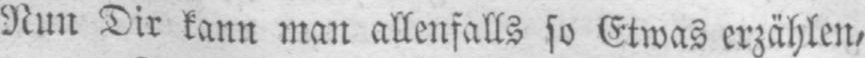
Nun Dir kann man allenfalls so Etwas erzählen,